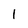
Character: 1